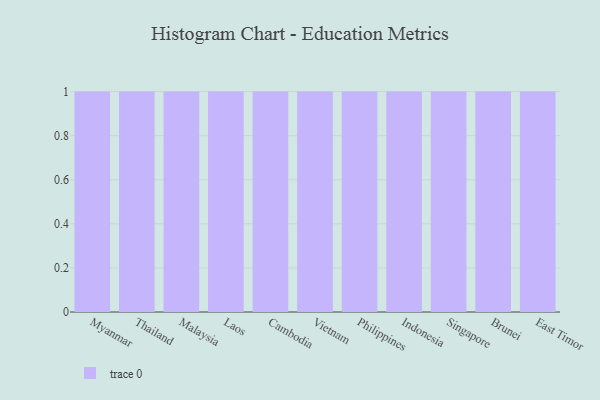
{"axis": {"x": "Country", "y": "Population (Million)"}, "legend": [""], "data": [{"x": "Myanmar", "y": 9, "type": ""}, {"x": "Thailand", "y": 62, "type": ""}, {"x": "Malaysia", "y": 12, "type": ""}, {"x": "Laos", "y": 79, "type": ""}, {"x": "Cambodia", "y": 71, "type": ""}, {"x": "Vietnam", "y": 78, "type": ""}, {"x": "Philippines", "y": 25, "type": ""}, {"x": "Indonesia", "y": 36, "type": ""}, {"x": "Singapore", "y": 81, "type": ""}, {"x": "Brunei", "y": 16, "type": ""}, {"x": "East Timor", "y": 19, "type": ""}]}